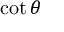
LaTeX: \cot { \theta }